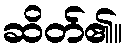
ဆိတ်၏။